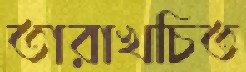
তারাখচিত